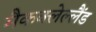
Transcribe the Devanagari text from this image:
मैकक्लेल्लैंड